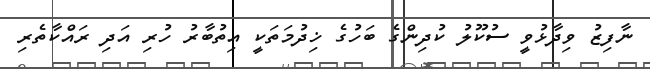
ނާފިޒު ވިދާޅުވީ ސުކޫލު ކުދިންގެ ބަހުގެ ޚިދުމަތަކީ އިތުބާރު ހުރި އަދި ރައްކާތެރި